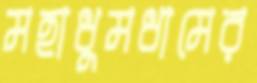
মহাধুমধামের